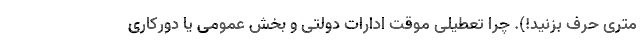
متری حرف بزنید!). چرا تعطیلی موقت ادارات دولتی و بخش عمومی یا دورکاری